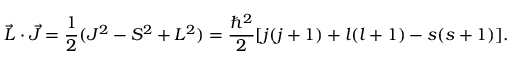
{ \vec { L } } \cdot { \vec { J } } = { \frac { 1 } { 2 } } ( J ^ { 2 } - S ^ { 2 } + L ^ { 2 } ) = { \frac { \hbar ^ { 2 } } { 2 } } [ j ( j + 1 ) + l ( l + 1 ) - s ( s + 1 ) ] .